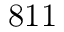
8 1 1